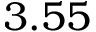
3 . 5 5